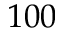
1 0 0